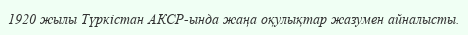
1920 жылы Түркістан АКСР-ында жаңа оқулықтар жазумен айналысты.